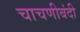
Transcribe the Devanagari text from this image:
चाचणीबंदी